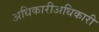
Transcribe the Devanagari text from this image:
अधिकारीअधिकारी